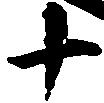
十